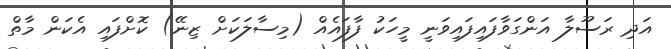
އަދި ރަސޫލާ އަންގަވާފައިފައިވަނީ މީހަކު ފާފައެއް (މިސާލަކަށް ޒިނޭ) ކޮށްފައި އެކަން މާތް